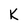
Character: K